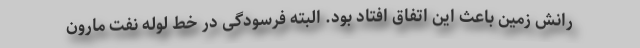
رانش زمین باعث این اتفاق افتاد بود. البته فرسودگی در خط لوله نفت مارون